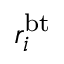
r _ { i } ^ { \mathrm { b t } }